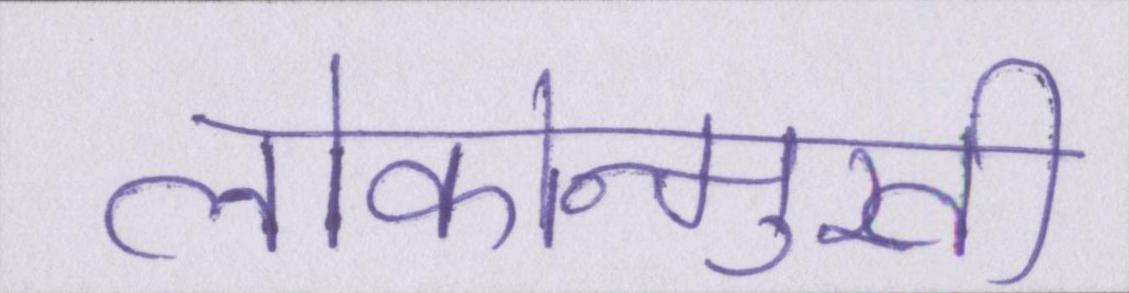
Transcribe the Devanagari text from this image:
लोकोन्मुखी